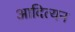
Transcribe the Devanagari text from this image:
आदित्यन